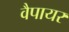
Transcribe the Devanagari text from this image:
वैपायर